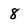
Character: 8